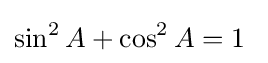
\sin ^{2}A+\cos ^{2}A=1\